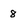
Character: 8